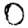
Digit: 0